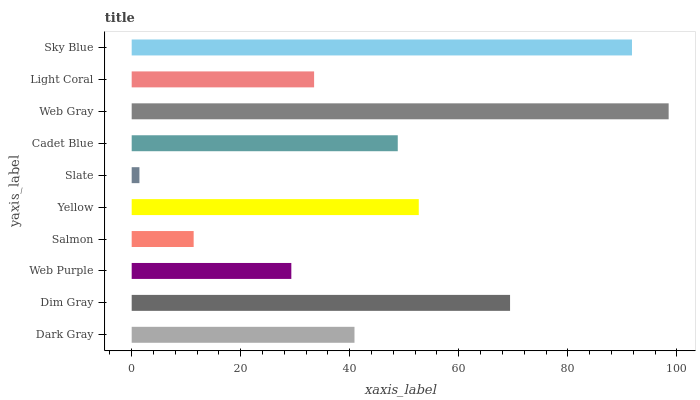
| yaxis_label | bars |
 | --- | --- |
 | Dark Gray | 40.9 |
 | Dim Gray | 69.4 |
 | Web Purple | 29.3 |
 | Salmon | 11.4 |
 | Yellow | 52.7 |
 | Slate | 1.42 |
 | Cadet Blue | 48.8 |
 | Web Gray | 98.5 |
 | Light Coral | 33.5 |
 | Sky Blue | 91.8 |